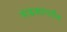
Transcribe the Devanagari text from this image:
मंडळापर्यंत